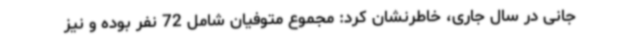
جانی در سال جاری، خاطرنشان کرد: مجموع متوفیان شامل 72 نفر بوده و نیز